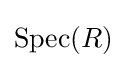
\mathrm {Spec} (R)